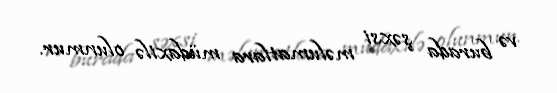
və burada şəxsi məlumatlara müdaxilə olunmur.